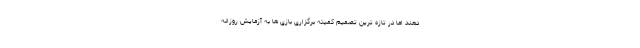
دهند اما در تازه ترین تصمیم کمیته برگزاری بازی ها به آزمایش روزانه